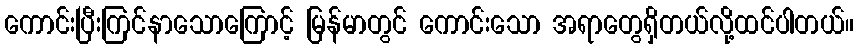
ကောင်းပြီးကြင်နာသောကြောင့် မြန်မာတွင် ကောင်းသော အရာတွေရှိတယ်လို့ထင်ပါတယ်။